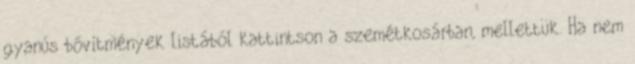
gyanús bővítmények listából kattintson a szemétkosárban, mellettük. Ha nem